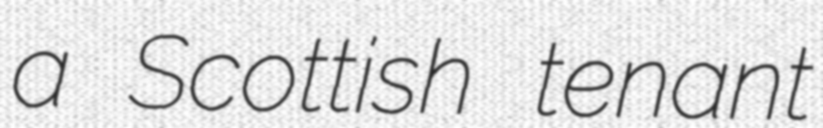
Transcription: a Scottish tenant